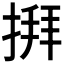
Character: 𢱎